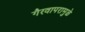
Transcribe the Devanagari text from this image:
गैरवापरामुळे